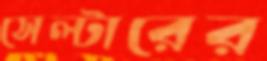
সেল্টারের